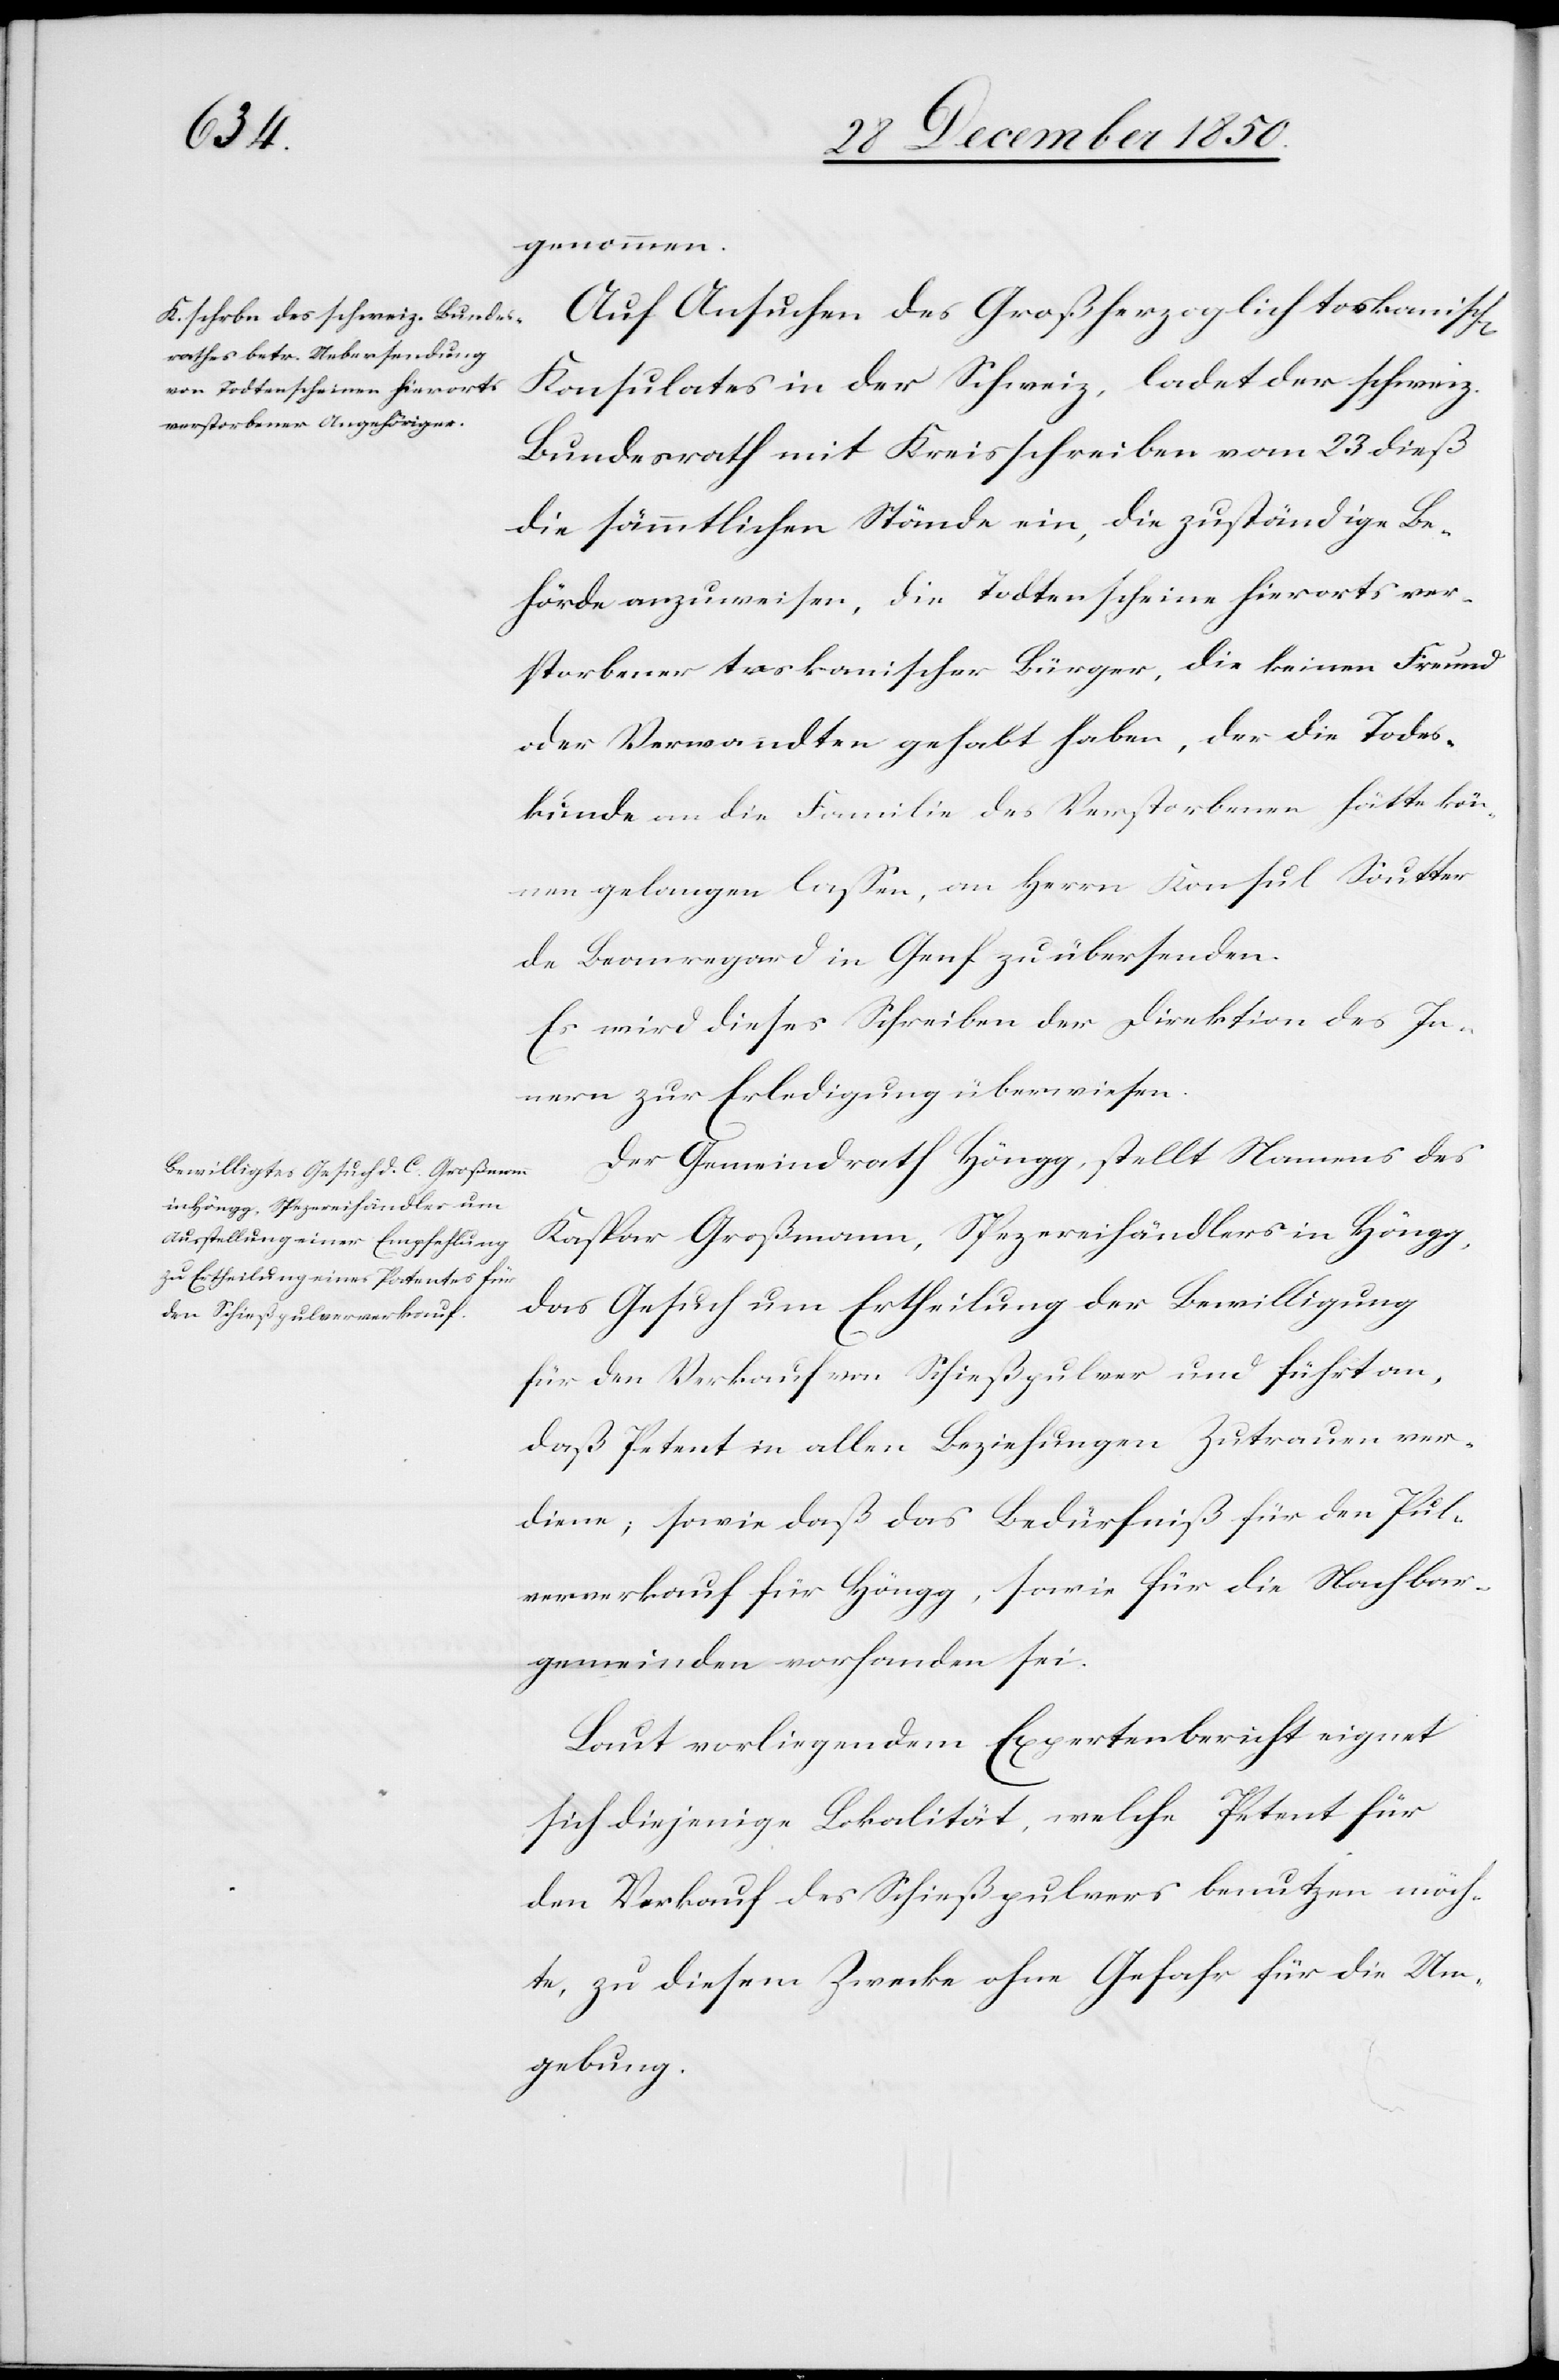
genommen.
Auf Ansuchen des Großherzoglich toskanisch[en]
Konsulates in der Schweiz, ladet der schweiz.
Bundesrath mit Kreisschreiben vom 23 dieß
die sämmtlichen Stände ein, die zuständige Be¬
hörde anzuweisen, die Todtenscheine hierorts ver¬
storbener toskanischer Bürger, die keinen Freund
oder Verwandten gehabt haben, der die Todes¬
kunde an die Familie des Verstorbenen hätte kön¬
nen gelangen lassen, an Herrn Konsul Soutter
de Beauregard in Genf zu übersenden.
Es wird dieses Schreiben der Direktion des In¬
nern zur Erledigung überwiesen.
Der Gemeindrath Höngg, stellt Namens des
Kaspar Großmann, Spezereihändlers in Höngg,
das Gesuch um Ertheilung der Bewilligung
für den Verkauf von Schießpulver und führt an,
daß Petent in allen Beziehungen Zutrauen ver¬
diene; sowie daß das Bedürfniß für den Pul¬
ververkauf für Höngg, sowie für die Nachbar¬
gemeinden vorhanden sei.
Laut vorliegendem Expertenbericht eignet
sich diejenige Lokalität, welche Petent für
den Verkauf des Schießpulvers benutzen möch¬
te, zu diesem Zwecke ohne Gefahr für die Um¬
gebung.